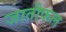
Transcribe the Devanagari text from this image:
जातीफल